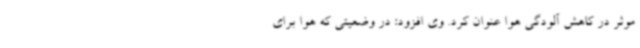
موثر در کاهش آلودگی هوا عنوان کرد. وی افزود: در وضعیتی که هوا برای